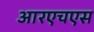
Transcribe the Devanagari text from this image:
आरएचएस